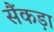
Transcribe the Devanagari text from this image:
सैंकड़ा